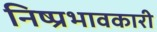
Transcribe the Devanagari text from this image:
निष्प्रभावकारी